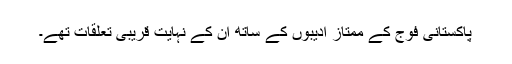
پاکستانی فوج کے ممتاز ادیبوں کے ساتھ ان کے نہایت قریبی تعلقات تھے۔